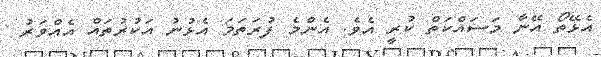
އެޅޭތޯ އޭނާ މަސައްކަތް ކުރީ އެވެ. އެންމެ ފުރަތަމަ އެޅުނު އަކުރުތައް އެއްވަރު